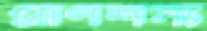
প্রাণশস্য